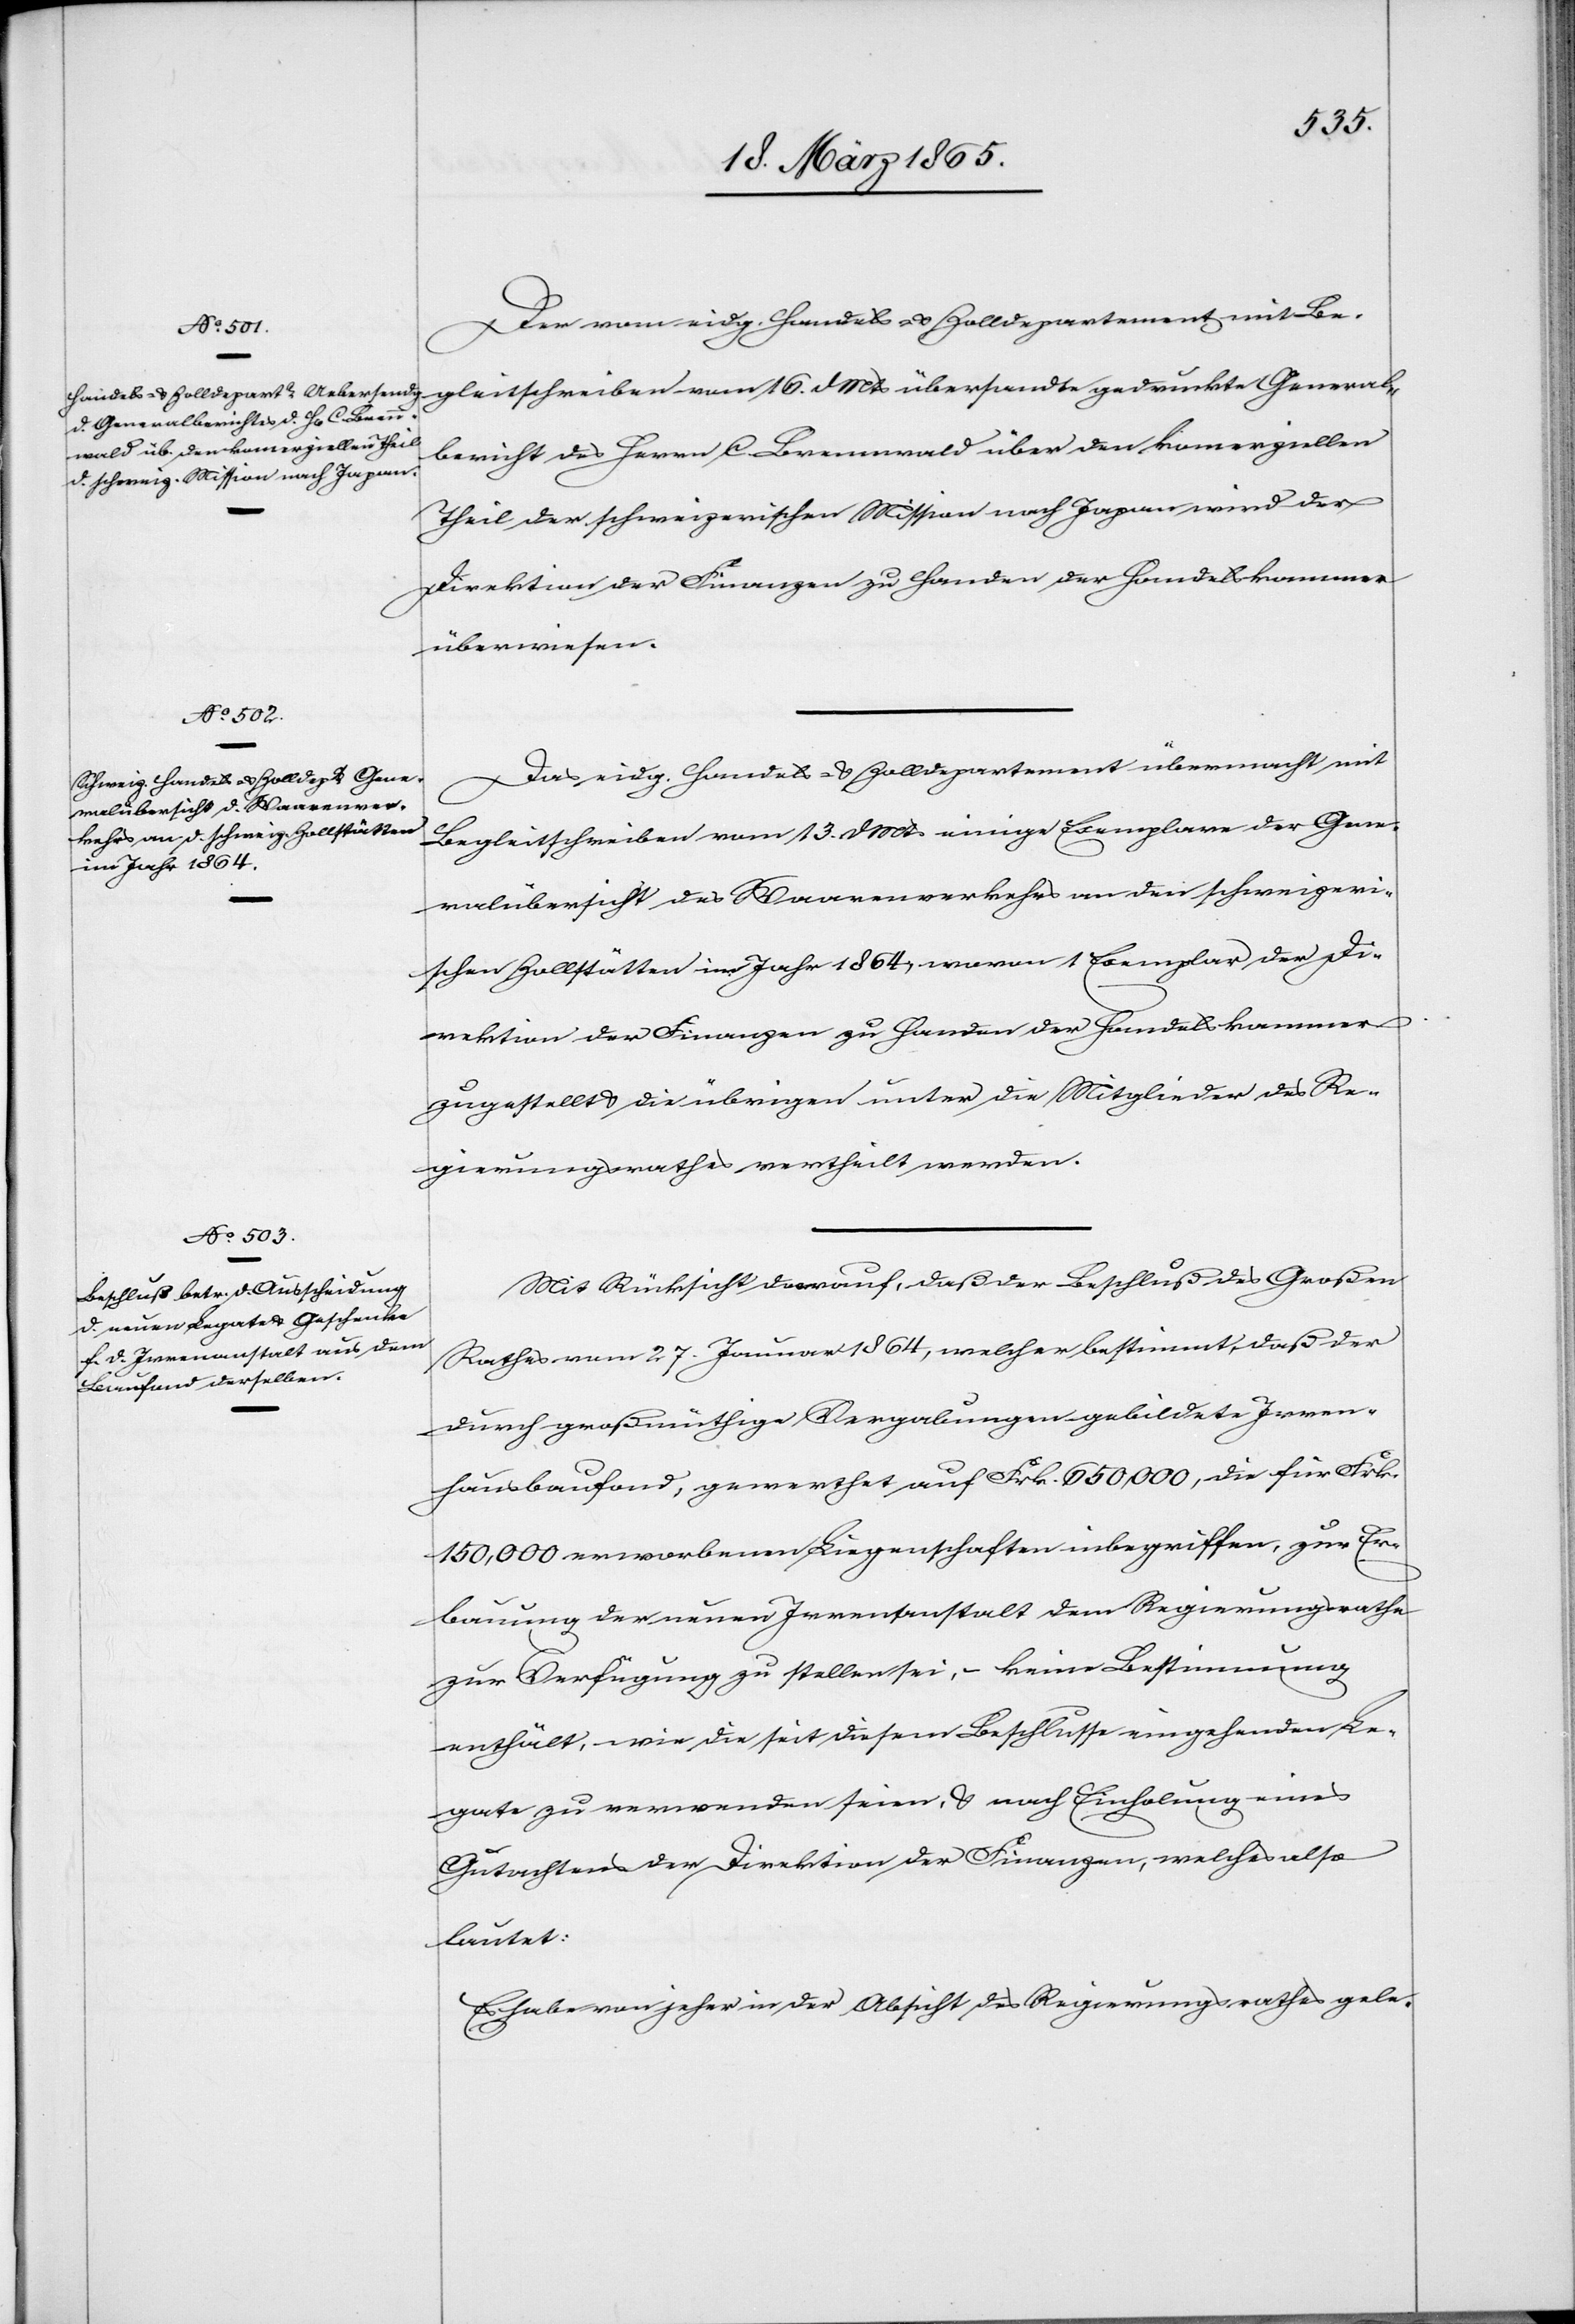
Der vom eidg. Handels- & Zolldepartement mit Be¬
gleitschreiben vom 16. d Mts übersandte gedruckte General¬
bericht des Herrn C. Brennwald über den komerziellen
Theil der schweizerischen Mission nach Japan wird der
Direktion der Finanzen zu Handen der Handelskammer
überwiesen.
Das eidg. Handels- & Zolldepartement übermacht mit
Begleitschreiben vom 13. d Mts einige Exemplare der Gene¬
ralübersicht des Waarenverkehrs an den schweizeri¬
schen Zollstätten im Jahr 1864, wovon 1 Exemplar der Di¬
rektion der Finanzen zu Handen der Handelskammer
zugestellt & die übrigen unter die Mitglieder des Re¬
gierungsrathes vertheilt werden.
Mit Rücksicht darauf, daß der Beschluß des Großen
Rathes vom 27. Januar 1864, welcher bestimmt, daß der
durch großmüthige Vergabungen gebildete Irren¬
hausbaufond, gewerthet auf Frk. 650,000, die für Frk.
150,000 erworbenen Liegenschaften inbegriffen, zur Er¬
bauung der neuen Irrenanstalt dem Regierungsrathe
zur Verfügung zu stellen sei, – keine Bestimmung
enthält, wie die seit diesem Beschlusse eingehenden Le¬
gate zu verwenden seien, & nach Einholung eines
Gutachtens der Direktion der Finanzen, welches also
lautet:
Es habe von jeher in der Absicht des Regierungsrathes gele-